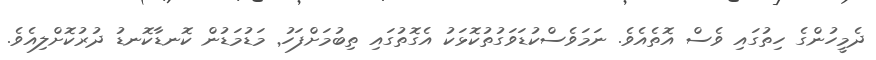
ދެމީހުންގެ ހިތުުގައި ވެސް އޮތެއެވެ. ނަމަވެސްކުޑަވަގުތުކޮޅަކު އެގޮތުގައި ތިބުމަށްފަހު